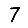
Digit: 7